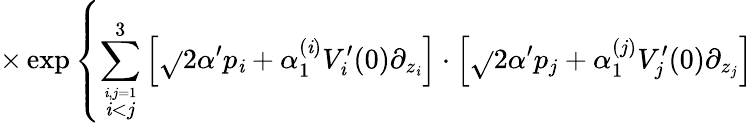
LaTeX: \times\exp\left\{ \sum_{\stackrel{\mathit{i},j=1}{\mathit{i}<j}}^{3}\left[\sqrt{}{{2\alpha^{\prime}}}p_{\mathit{i}}+\alpha_{1}^{(\mathit{i})}V_{\mathit{i}}^{\prime}(0)\partial_{z_{\mathit{i}}}\right]\cdot\left[\sqrt{}{{2\alpha^{\prime}}}p_{j}+\alpha_{1}^{(j)}V_{j}^{\prime}(0)\partial_{z_{j}}\right]\right.